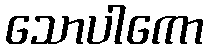
သောပါကော